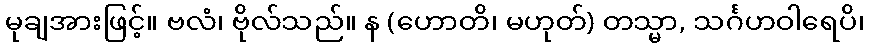
မုချအားဖြင့်။ ဗလံ၊ ဗိုလ်သည်။ န (ဟောတိ၊ မဟုတ်) တသ္မာ, သင်္ဂဟဝါရေပိ၊